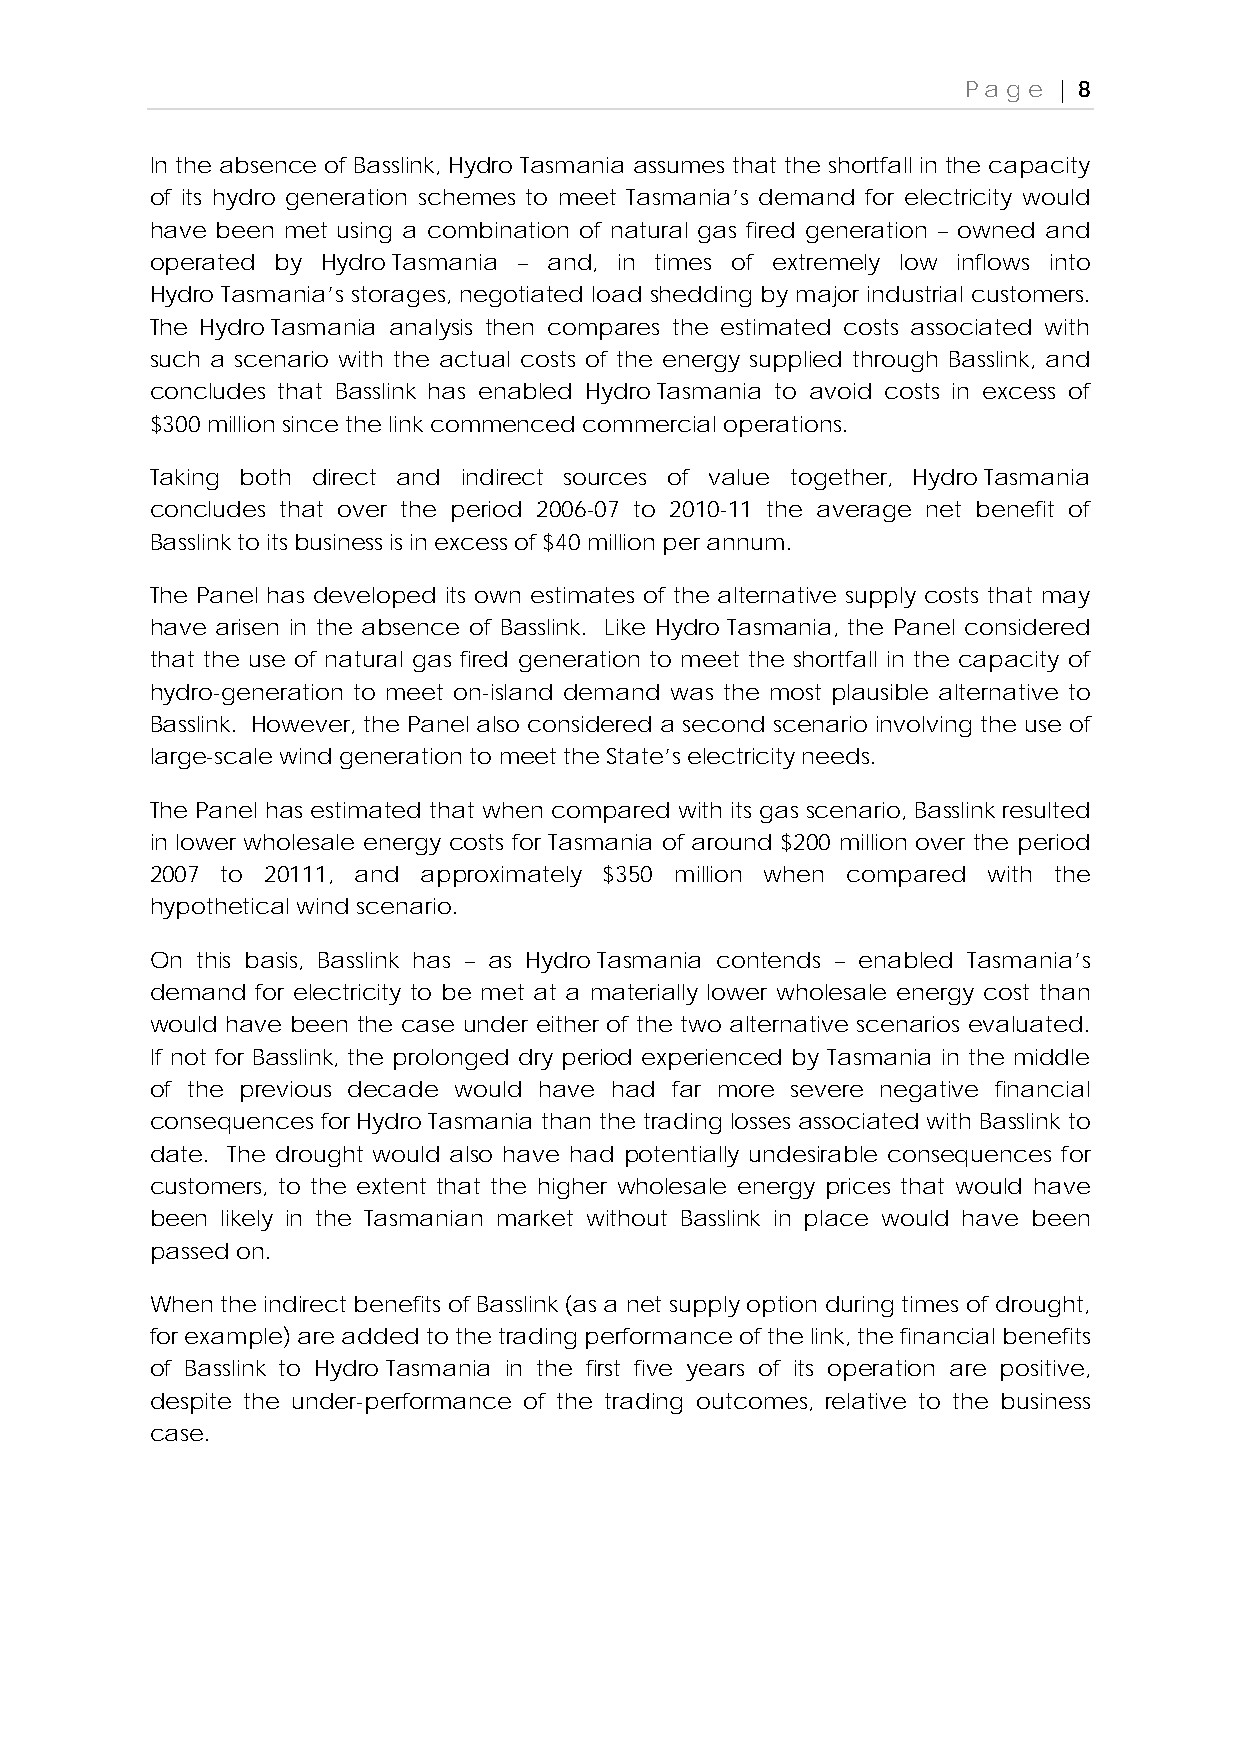
Page  | 8
 In the absence of Basslink, Hydro Tasmania assumes that the shortfall in the capacity
 of its hydro generation schemes to meet Tasmania’s demand for electricity would
 have been met using a combination of natural gas fired generation – owned and
 operated by Hydro Tasmania – and, in times of extremely low inflows into
 Hydro Tasmania’s storages, negotiated load shedding by major industrial customers.
 The Hydro Tasmania analysis then compares the estimated costs associated with
 such a scenario with the actual costs of the energy supplied through Basslink, and
 concludes that Basslink has enabled Hydro Tasmania to avoid costs in excess of
 $300 million since the link commenced commercial operations.
 Taking both direct and indirect sources of value together, Hydro Tasmania
 concludes that over the period 2006-07 to 2010-11 the average net benefit of
 Basslink to its business is in excess of $40 million per annum.
 The Panel has developed its own estimates of the alternative supply costs that may
 have arisen in the absence of Basslink. Like Hydro Tasmania, the Panel considered
 that the use of natural gas fired generation to meet the shortfall in the capacity of
 hydro-generation to meet on-island demand was the most plausible alternative to
 Basslink. However, the Panel also considered a second scenario involving the use of
 large-scale wind generation to meet the State’s electricity needs.
 The Panel has estimated that when compared with its gas scenario, Basslink resulted
 in lower wholesale energy costs for Tasmania of around $200 million over the period
 2007 to 20111, and approximately $350 million when compared with the
 hypothetical wind scenario.
 On this basis, Basslink has – as Hydro Tasmania contends – enabled Tasmania’s
 demand for electricity to be met at a materially lower wholesale energy cost than
 would have been the case under either of the two alternative scenarios evaluated.
 If not for Basslink, the prolonged dry period experienced by Tasmania in the middle
 of the previous decade would have had far more severe negative financial
 consequences for Hydro Tasmania than the trading losses associated with Basslink to
 date. The drought would also have had potentially undesirable consequences for
 customers, to the extent that the higher wholesale energy prices that would have
 been likely in the Tasmanian market without Basslink in place would have been
 passed on.
 When the indirect benefits of Basslink (as a net supply option during times of drought,
 for example) are added to the trading performance of the link, the financial benefits
 of Basslink to Hydro Tasmania in the first five years of its operation are positive,
 despite the under-performance of the trading outcomes, relative to the business
 case.